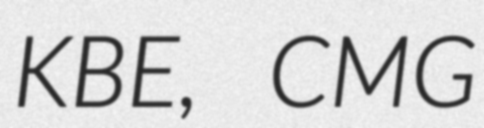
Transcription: KBE, CMG